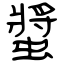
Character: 螿